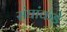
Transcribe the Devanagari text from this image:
संघांकडे